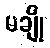
မချို